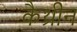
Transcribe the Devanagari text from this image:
कैथ्रीन